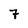
Character: 7